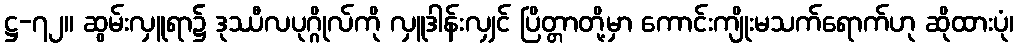
ဋ္ဌ-၇၂။ ဆွမ်းလှူရာ၌ ဒုဿီလပုဂ္ဂိုလ်ကို လှူဒါန်းလျှင် ပြိတ္တာတို့မှာ ကောင်းကျိုးမသက်ရောက်ဟု ဆိုထားပုံ၊